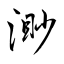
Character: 渺